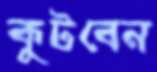
কুটবেন